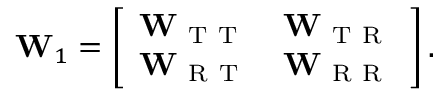
\mathbf { W } _ { 1 } = \left[ \begin{array} { l l } { \mathbf { W } _ { \mathrm { ~ T ~ T ~ } } } & { \mathbf { W } _ { \mathrm { ~ T ~ R ~ } } } \\ { \mathbf { W } _ { \mathrm { ~ R ~ T ~ } } } & { \mathbf { W } _ { \mathrm { ~ R ~ R ~ } } } \end{array} \right] .